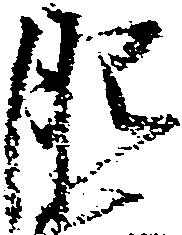
肥